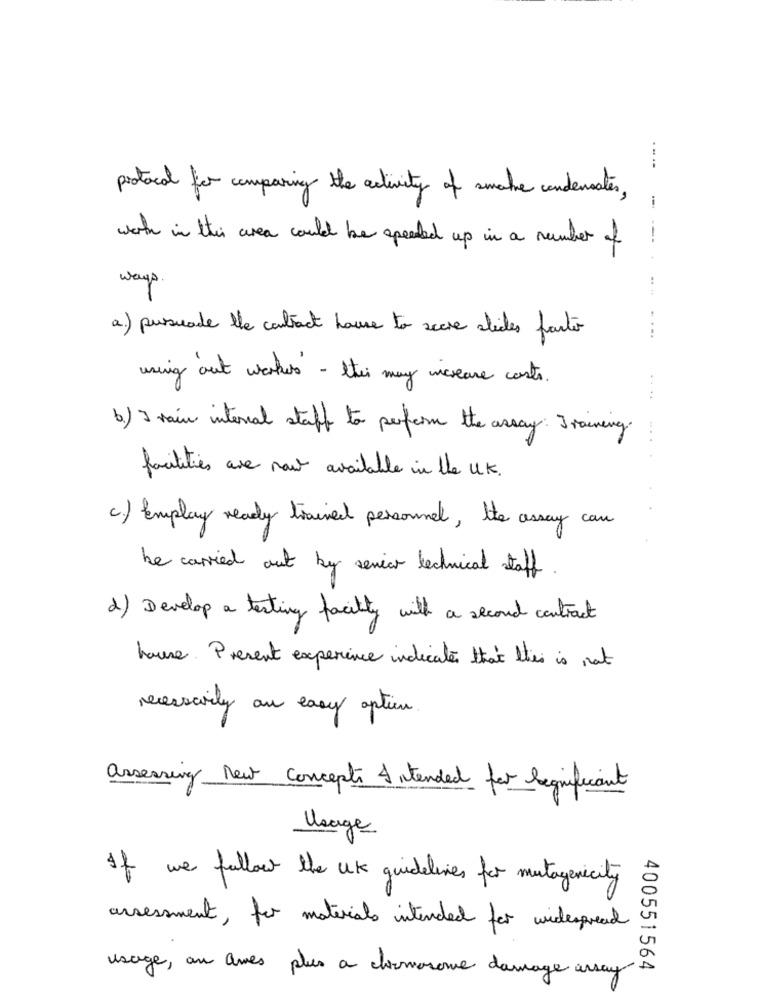
protocol for comparing the activity of smoke condensates,
---
worth in this area could be speaked up in a number of
ways .
a) pusuade lle contract hause to scare slides parte
....
using out werkers - thei may increase costs .
b) I rain internal staff to perform the assay: Training.
facilities are now available in the UK.
c.) Emplay ready trained personnel, the assay can
be carried out by senior technical staff .
2) Develop a texting facility with a second contract
house. Present experience indicates that this is not
necessarily an easy option.
assessing New Concepts Intended for Significant
Usage
If we follow the UK guidelines for mutagenicity
assessment, for materials intended for widespread
400551564
usage, an ames plus a chromosome damage array